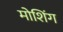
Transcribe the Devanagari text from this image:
मोशिंग